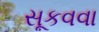
સૂકવવા